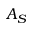
A _ { S }